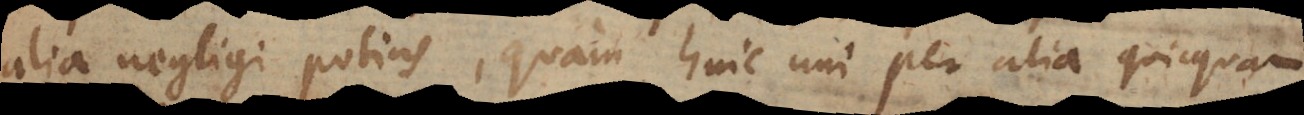
alia negligi potius, quam huic uni per alia quicquam